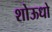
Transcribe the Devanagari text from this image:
शोऊधो